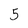
Character: 5